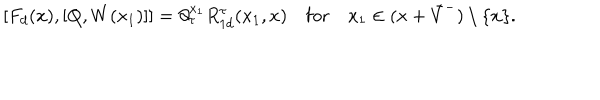
\lbrack F _ { d } ( x ) , [ Q , W ( x _ { 1 } ) ] ] = \partial _ { \tau } ^ { x _ { 1 } } R _ { 1 d } ^ { \tau } ( x _ { 1 } , x ) \quad \mathrm { f o r } \quad x _ { 1 } \in ( x + \bar { V } ^ { - } ) \setminus \{ x \} .